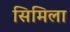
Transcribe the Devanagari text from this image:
सिमिला